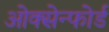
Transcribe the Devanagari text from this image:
ओक्सेन्फोर्ड